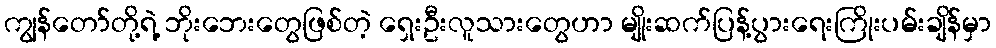
ကျွန်တော်တို့ရဲ့ ဘိုးဘေးတွေဖြစ်တဲ့ ရှေးဦးလူသားတွေဟာ မျိုးဆက်ပြန့်ပွားရေးကြိုးပမ်းချိန်မှာ